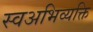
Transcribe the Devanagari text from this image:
स्वअभिव्यक्ति